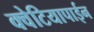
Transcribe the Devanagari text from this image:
क्वेटियापाईन